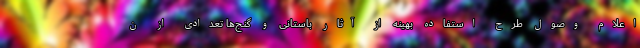
اعلام وصول طرح استفاده بهینه از آثار باستانی و گنج‌ها تعدادی از ن